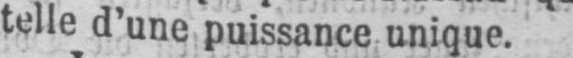
telle d’une puissance unique.